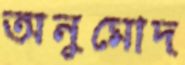
অনুমোদ